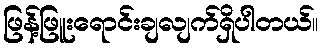
ဖြန့်ဖြူးရောင်းချလျက်ရှိပါတယ်။